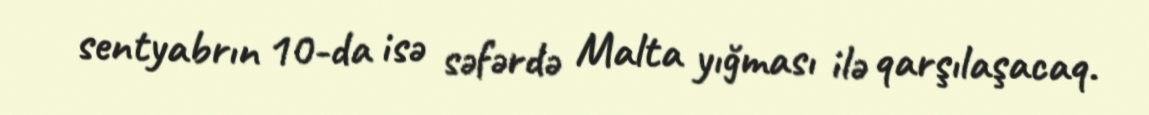
sentyabrın 10-da isə səfərdə Malta yığması ilə qarşılaşacaq.